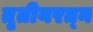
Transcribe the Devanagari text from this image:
तृतीयरत्‍न